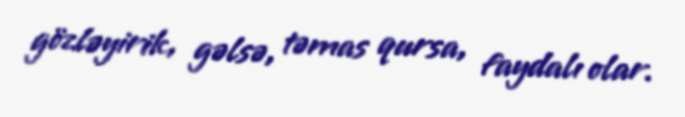
gözləyirik, gəlsə, təmas qursa, faydalı olar.